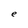
Character: e